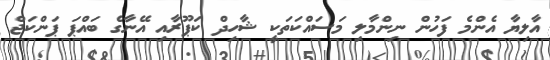
އާލިޔާ އެންމެ ފަހުން ނިންމާލި މަސައްކަތަކީ ޝާހިދް ކަޕޫރާއި އޭނާގެ ބައްޕަ ޕަންކަޖް